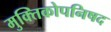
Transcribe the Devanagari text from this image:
मुक्तिकोपनिषद